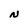
Character: N